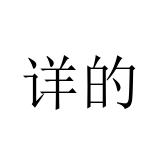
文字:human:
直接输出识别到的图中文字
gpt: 详的